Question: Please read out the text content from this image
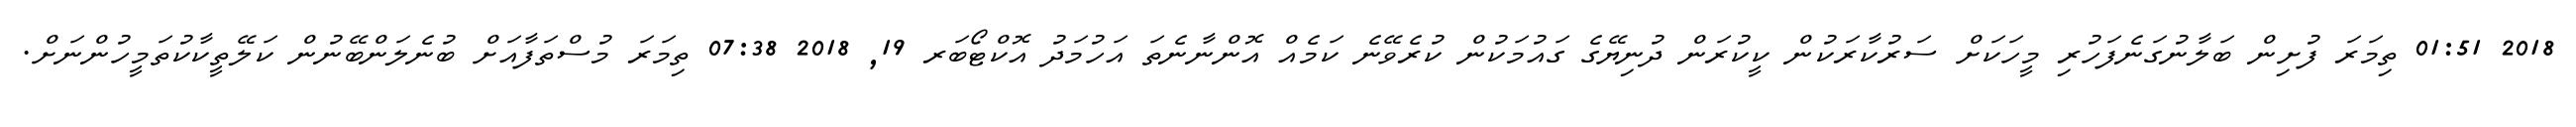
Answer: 2018 01:51 ތިމަރަ ފުށިން ބަލާނުގަނެފަހުރި މީހަކަށް ސަރުކާރަކުން ކީކުރަން ދުނިޔޭގެ ގައުމަކުން ކުރެވޭނެ ކަމެއް އޮންނާނެތަ އަހުމަދު އޮކްޓޯބަރ 19, 2018 07:38 ތިމަރަ މުސްތަފާއަށް ބުނެލަންބޭނުން ކަލޭތީކާކުތަމީހުންނަށް.